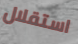
استقلال